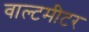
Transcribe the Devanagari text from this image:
वाल्टमीटर